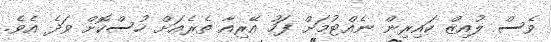
ވެސް ލުއިޒް ކައިރިން ނެއްޓުމަށް ފަހު އޭރިއާ ތެރެއަށް ހުސްކޮށް ވަދެ އެވެ.